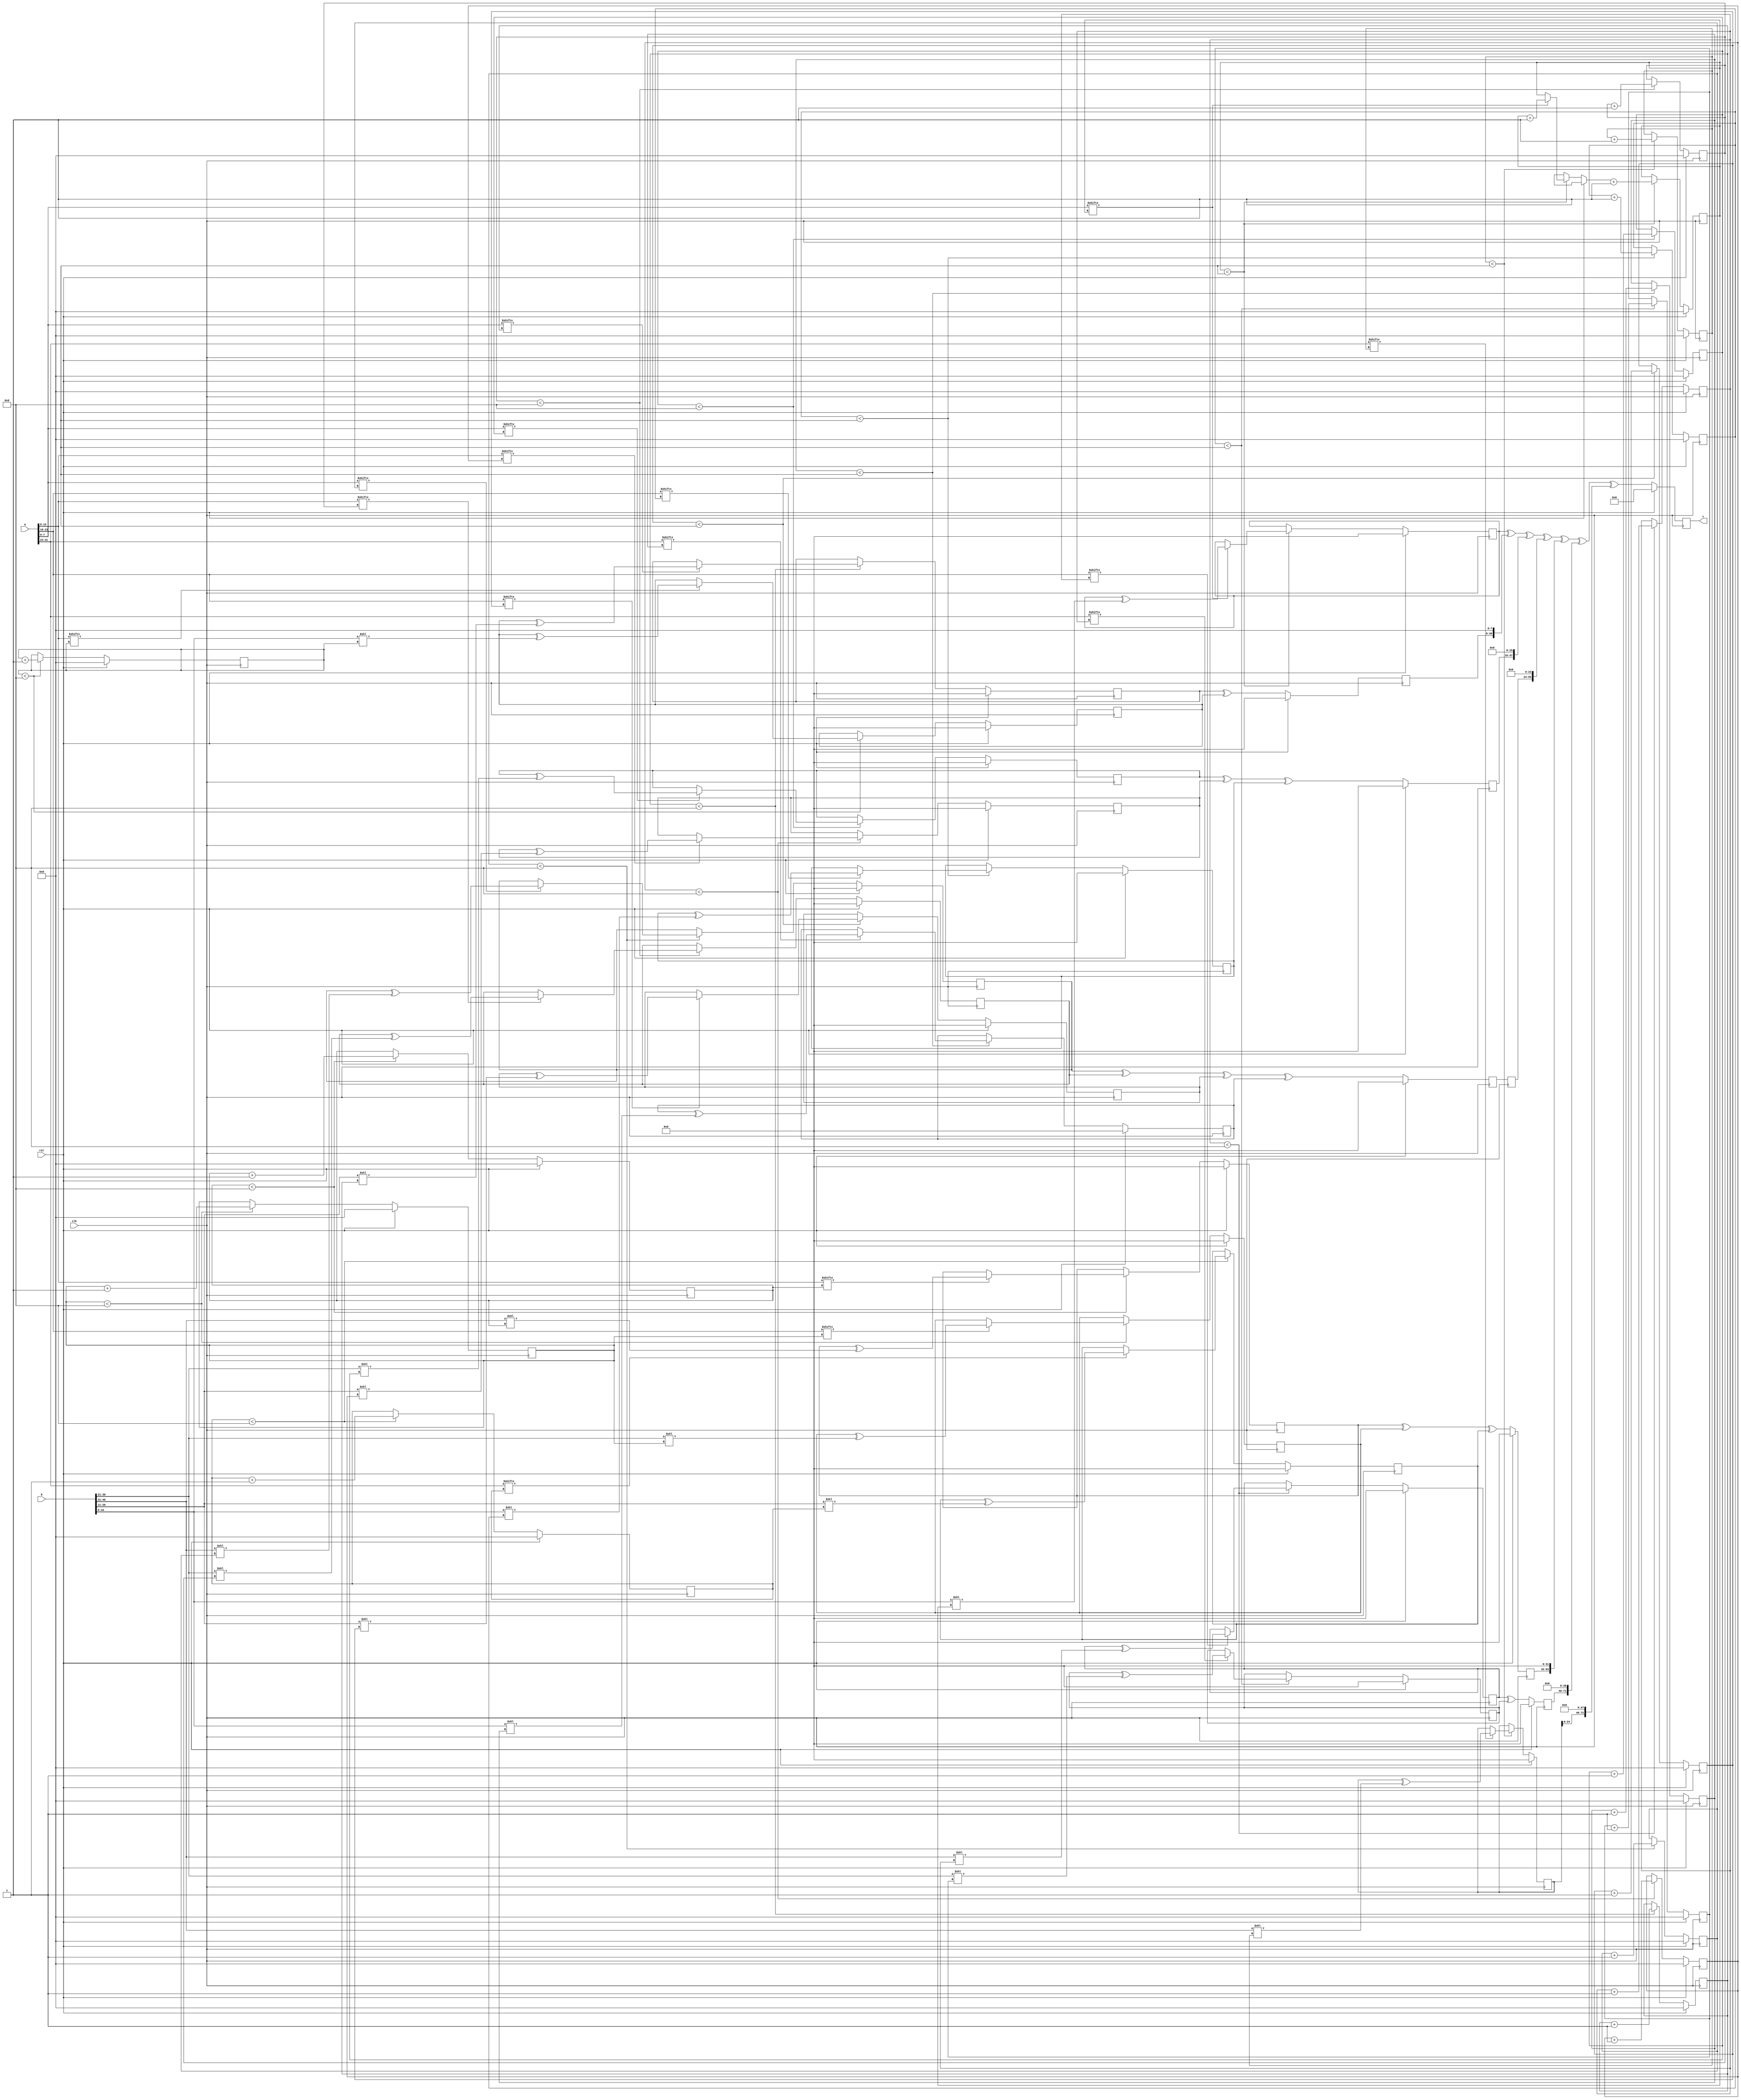
// TalTech large integer multiplier library
// Multiplier type: four_way_toom_cook
// Parameters: 32 41 2
// Target tool: genus
module four_way_toom_cook(clk, rst, a, b, c);
input clk;
input rst;
input [31:0] a;
input [40:0] b;
output reg [72:0] c;

// Pipeline register declaration 
reg [31:0] c_temp_1;

// Wires declaration 
wire  [7:0] a0;
wire  [7:0] a1;
wire  [7:0] a2;
wire  [7:0] a3;
wire  [10:0] b0;
wire  [9:0] b1;
wire  [9:0] b2;
wire  [9:0] b3;

// Registers declaration 
reg  [7:0] counter_d;
reg  [7:0] counter_e1;
reg  [7:0] counter_e2;
reg  [7:0] counter_f1;
reg  [7:0] counter_f2;
reg  [7:0] counter_f3;
reg  [7:0] counter_g1;
reg  [7:0] counter_g2;
reg  [7:0] counter_g3;
reg  [7:0] counter_g4;
reg  [7:0] counter_h1;
reg  [7:0] counter_h2;
reg  [7:0] counter_h3;
reg  [7:0] counter_i1;
reg  [7:0] counter_i2;
reg  [7:0] counter_j;
reg  [31:0] d;
reg  [31:0] e1_mul;
reg  [31:0] e2_mul;
reg  [31:0] e;
reg  [31:0] f1_mul;
reg  [31:0] f2_mul;
reg  [31:0] f3_mul;
reg  [31:0] f;
reg  [31:0] g1_mul;
reg  [31:0] g2_mul;
reg  [31:0] g3_mul;
reg  [31:0] g4_mul;
reg  [31:0] g;
reg  [31:0] h1_mul;
reg  [31:0] h2_mul;
reg  [31:0] h3_mul;
reg  [31:0] h;
reg  [31:0] i1_mul;
reg  [31:0] i2_mul;
reg  [31:0] i;
reg  [31:0] j;
reg  [72:0] temp;

// Initial assignments to wires
assign a0 = a[7:0];
assign a1 = a[15:8];
assign a2 = a[23:16];
assign a3 = a[31:24];
assign b0 = b[10:0];
assign b1 = b[20:11];
assign b2 = b[30:21];
assign b3 = b[40:31];

// Step-1 of 4-Way TCM Multiplier
always @(posedge clk) begin
		if (rst) begin			counter_d <= 8'd0;
			d <= 32'd0;
		end
		else if (counter_d < 9) begin
			if (a3[counter_d] == 1'b1) begin
				d <= d ^ (b3 << counter_d);
				counter_d <= counter_d + 1;
			end
			counter_d <= counter_d + 1;
		end
end

// Step-2 (Part-1) of 4-Way TCM Multiplier
always @(posedge clk) begin
		if (rst) begin
			counter_e1 <= 8'd0;
			e1_mul <= 32'd0;
		end
		else if (counter_e1 < 9) begin
			if (a2[counter_e1] == 1'b1) begin
				e1_mul <= e1_mul ^ (b3 << counter_e1);
				counter_e1 <= counter_e1 + 1;
			end
			counter_e1 <= counter_e1 + 1;
		end
end

// Step-2 (Part-2) of 4-Way TCM Multiplier
always @(posedge clk) begin
		if (rst) begin
			counter_e2 <= 8'd0;
			e2_mul <= 32'd0;
		end
		else if (counter_e2 < 9) begin
			if (a3[counter_e1] == 1'b1) begin
				e2_mul <= e2_mul ^ (b2 << counter_e2);
				counter_e2 <= counter_e2 + 1;
			end
			counter_e2 <= counter_e2 + 1;
		end
end

// Step-2 (Part-3) of 4-Way TCM Multiplier
always @(posedge clk) begin
		if (rst) begin
			e <= 32'd0;
		end
		else begin
			e <= e1_mul ^ e2_mul;
		end
end

// Step-3 (Part-1) of 4-Way TCM Multiplier
always @(posedge clk) begin
		if (rst) begin
			counter_f1 <= 8'd0;
			f1_mul <= 32'd0;
		end
		else if (counter_f1 < 9) begin
			if (a1[counter_f1] == 1'b1) begin
				f1_mul <= f1_mul ^ (b3 << counter_f1);
				counter_f1 <= counter_f1 + 1;
			end
			counter_f1 <= counter_f1 + 1;
		end
end

// Step-3 (Part-2) of 4-Way TCM Multiplier
always @(posedge clk) begin
		if (rst) begin
			counter_f2 <= 8'd0;
			f2_mul <= 32'd0;
		end
		else if (counter_f2 < 9) begin
			if (a2[counter_f2] == 1'b1) begin
				f2_mul <= f2_mul ^ (b2 << counter_f2);
				counter_f2 <= counter_f2 + 1;
			end
			counter_f2 <= counter_f2 + 1;
		end
end

// Step-3 (Part-3) of 4-Way TCM Multiplier
always @(posedge clk) begin
		if (rst) begin
			counter_f3 <= 8'd0;
			f3_mul <= 32'd0;
		end
		else if (counter_f3 < 9) begin
			if (a3[counter_f3] == 1'b1) begin
				f3_mul <= f3_mul ^ (b1 << counter_f3);
				counter_f3 <= counter_f3 + 1;
			end
			counter_f3 <= counter_f3 + 1;
		end
end

// Step-3 (Part-4) of 4-Way TCM Multiplier
always @(posedge clk) begin
		if (rst) begin
			f <= 32'd0;
		end
		else begin
			f <= f1_mul ^ f2_mul ^ f3_mul;
		end
end

// Step-4 (Part-1) of 4-Way TCM Multiplier
always @(posedge clk) begin
		if (rst) begin
			counter_g1 <= 8'd0;
			g1_mul <= 32'd0;
		end
		else if (counter_g1 < 9) begin
			if (a0[counter_g1] == 1'b1) begin
				g1_mul <= g1_mul ^ (b3 << counter_g1);
				counter_g1 <= counter_g1 + 1;
			end
			counter_g1 <= counter_g1 + 1;
		end
end

// Step-4 (Part-2) of 4-Way TCM Multiplier
always @(posedge clk) begin
		if (rst) begin
			counter_g2 <= 8'd0;
			g2_mul <= 32'd0;
		end
		else if (counter_g2 < 9) begin
			if (a1[counter_g2] == 1'b1) begin
				g2_mul <= g2_mul ^ (b2 << counter_g2);
				counter_g2 <= counter_g2 + 1;
			end
			counter_g2 <= counter_g2 + 1;
		end
end

// Step-4 (Part-3) of 4-Way TCM Multiplier
always @(posedge clk) begin
		if (rst) begin
			counter_g3 <= 8'd0;
			g3_mul <= 32'd0;
		end
		else if (counter_g3 < 9) begin
			if (a2[counter_g3] == 1'b1) begin
				g3_mul <= g3_mul ^ (b1 << counter_g3);
				counter_g3 <= counter_g3 + 1;
			end
			counter_g3 <= counter_g3 + 1;
		end
end

// Step-4 (Part-4) of 4-Way TCM Multiplier
always @(posedge clk) begin
		if (rst) begin
			counter_g4 <= 8'd0;
			g4_mul <= 32'd0;
		end
		else if (counter_g4 < 9) begin
			if (a3[counter_g4] == 1'b1) begin
				g4_mul <= g4_mul ^ (b0 << counter_g4);
				counter_g4 <= counter_g4 + 1;
			end
			counter_g4 <= counter_g4 + 1;
		end
end

// Step-4 (Part-5) of 4-Way TCM Multiplier
always @(posedge clk) begin
		if (rst) begin
			g <= 32'd0;
		end
		else begin
			g <= g1_mul ^ g2_mul ^ g3_mul ^ g4_mul;
		end
end

// Step-5 (Part-1) of 4-Way TCM Multiplier
always @(posedge clk) begin
		if (rst) begin
			counter_h1 <= 8'd0;
			h1_mul <= 32'd0;
		end
		else if (counter_h1 < 9) begin
			if (a0[counter_h1] == 1'b1) begin
				h1_mul <= h1_mul ^ (b2 << counter_h1);
				counter_h1 <= counter_h1 + 1;
			end
			counter_h1 <= counter_h1 + 1;
		end
end

// Step-5 (Part-2) of 4-Way TCM Multiplier
always @(posedge clk) begin
		if (rst) begin
			counter_h2 <= 8'd0;
			h2_mul <= 32'd0;
		end
		else if (counter_h2 < 9) begin
			if (a1[counter_h2] == 1'b1) begin
				h2_mul <= h2_mul ^ (b1 << counter_h2);
				counter_h2 <= counter_h2 + 1;
			end
			counter_h2 <= counter_h2 + 1;
		end
end

// Step-5 (Part-3) of 4-Way TCM Multiplier
always @(posedge clk) begin
		if (rst) begin
			counter_h3 <= 8'd0;
			h3_mul <= 32'd0;
		end
		else if (counter_h3 < 9) begin
			if (a2[counter_h3] == 1'b1) begin
				h3_mul <= h3_mul ^ (b0 << counter_h3);
				counter_h3 <= counter_h3 + 1;
			end
			counter_h3 <= counter_h3 + 1;
		end
end

// Step-5 (Part-4) of 4-Way TCM Multiplier
always @(posedge clk) begin
		if (rst) begin
			h <= 32'd0;
		end
		else begin
			h <= h1_mul ^ h2_mul ^ h3_mul;
		end
end

// Step-6 (Part-1) of 4-Way TCM Multiplier
always @(posedge clk) begin
		if (rst) begin
			counter_i1 <= 8'd0;
			i1_mul <= 32'd0;
		end
		else if (counter_i1 < 9) begin
			if (a0[counter_i1] == 1'b1) begin
				i1_mul <= i2_mul ^ (b1 << counter_i1);
				counter_i1 <= counter_i1 + 1;
			end
			counter_i1 <= counter_i1 + 1;
		end
end

// Step-6 (Part-2) of 4-Way TCM Multiplier
always @(posedge clk) begin
		if (rst) begin
			counter_i2 <= 8'd0;
			i2_mul <= 32'd0;
		end
		else if (counter_i2 < 9) begin
			if (a1[counter_i2] == 1'b1) begin
				i2_mul <= i2_mul ^ (b0 << counter_i2);
				counter_i2 <= counter_i2 + 1;
			end
			counter_i2 <= counter_i2 + 1;
		end
end

// Step-6 (Part-3) of 4-Way TCM Multiplier
always @(posedge clk) begin
		if (rst) begin
			i <= 32'd0;
		end
		else begin
			i <= i1_mul ^ i2_mul;
		end
end

// Step-7 of 4-Way TCM Multiplier
always @(posedge clk) begin
		if (rst) begin
			counter_j = 8'd0;
			j = 32'd0;
		end
		else if (counter_j < 9) begin
			if (a0[counter_j] == 1'b1) begin
				j = j ^ (b0 << counter_j);
				counter_j = counter_j + 1;
			end
			counter_j = counter_j + 1;
		end
end

// Step-8 of 4-Way TCM Multiplier
always @(posedge clk) begin
		if (rst) begin
			temp = 73'd0;
			c = 73'd0;
		end
		else begin
			temp = j;
			temp = temp ^ (i << 8);
			temp = temp ^ (h << 16);
			temp = temp ^ (c_temp_1 << 24);
			temp = temp ^ (f << 32);
			temp = temp ^ (e << 40);
			temp = temp ^ (d << 48);
			c = temp;
		end
end

// pipeline stages
always @(posedge clk) begin
	c_temp_1 <= g;
end
endmodule